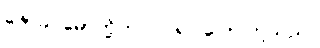
ဇော်ခင်မော်တို့က ဝင်၍ ပြောကြသည်။